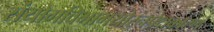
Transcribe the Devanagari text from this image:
संयोगविभागयोरनपेक्षकारणं